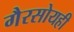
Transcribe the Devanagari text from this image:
गैरसोयही